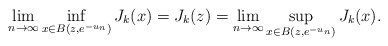
\begin{align*}\lim_{n\to\infty}\inf_{x\in B(z,e^{-u_n})}J_k(x)=J_k(z)=\lim_{n\to\infty}\sup_{x\in B(z,e^{-u_n})}J_k(x).\end{align*}